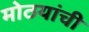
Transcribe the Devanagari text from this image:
मोठयांची